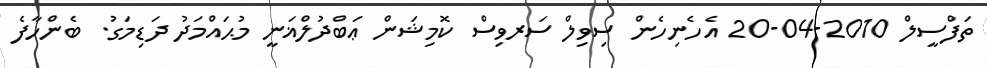
ތަފްސީލް 2010-04-20 އެހެނިހެން ސިވިލް ސަރވިސް ކޮމިޝަން ޢަބްދުލްޣަނީ މުޙައްމަދު ދަޑިމަގު. ބެންހާފެ